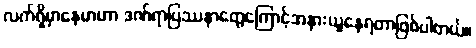
လက်ရှိမှာနေမာဟာ ဒဏ်ရာပြဿနာတွေကြောင့်အနားယူနေရတာဖြစ်ပါတယ်။